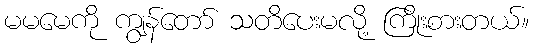
မမမေကို ကျွန်တော် သတိပေးမလို့ ကြိုးစားတယ်။